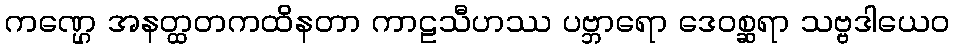
ကဏ္ဌေ အနတ္ထတကထိနတာ ကာဠသီဟဿ ပဗ္ဘာရော ဒေဝစ္ဆရာ သဗ္ဗဒါယေဝ